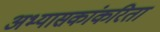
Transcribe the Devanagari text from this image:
अभ्यासकांकरिता